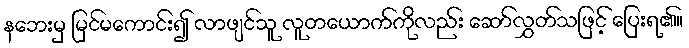
နဘေးမှ မြင်မကောင်း၍ လာဖျင်သူ လူတယောက်ကိုလည်း ဆော်လွှတ်သဖြင့် ပြေးရ၏။